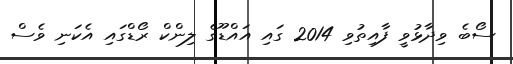
ސޯބެެ ވިދާޅުވީ ފާއިތުވި 2014 ގައި އައްޑޫގެ ލިންކް ރޯޑްގައި އެކަނި ވެސް